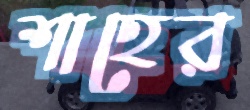
শাহের